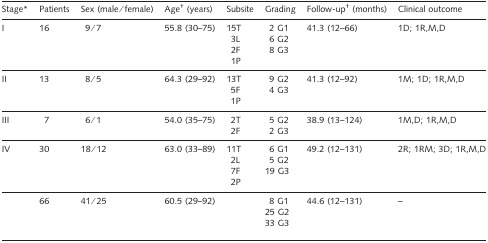
| Stage* | Patients | Sex (male/female) | Age† (years) | Subsite | Grading | Follow-up† (months) | Clinical outcome |
 | --- | --- | --- | --- | --- | --- | --- | --- |
 | I | 16 | 9/7 | 55.8 (30–75) | 15T | 2 G1 | 41.3 (12–66) | 1D; 1R,M,D |
 |  |  |  |  | 3L | 6 G2 |  |  |
 |  |  |  |  | 2F | 8 G3 |  |  |
 |  |  |  |  | 1P |  |  |  |
 | II | 13 | 8/5 | 64.3 (29–92) | 13T | 9 G2 | 41.3 (12–92) | 1M; 1D; 1R,M,D |
 |  |  |  |  | 5F | 4 G3 |  |  |
 |  |  |  |  | 1P |  |  |  |
 | III | 7 | 6/1 | 54.0 (35–75) | 2T | 5 G2 | 38.9 (13–124) | 1M,D; 1R,M,D |
 |  |  |  |  | 2F | 2 G3 |  |  |
 | IV | 30 | 18/12 | 63.0 (33–89) | 11T | 6 G1 | 49.2 (12–131) | 2R; 1RM; 3D; 1R,M,D |
 |  |  |  |  | 2L | 5 G2 |  |  |
 |  |  |  |  | 7F | 19 G3 |  |  |
 |  |  |  |  | 2P |  |  |  |
 |  | 66 | 41/25 | 60.5 (29–92) |  | 8 G1 | 44.6 (12–131) | – |
 |  |  |  |  | 25 G2 |  |  |  |
 |  |  |  |  | 33 G3 |  |  |  |